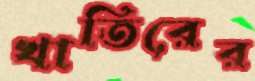
খাতিরের